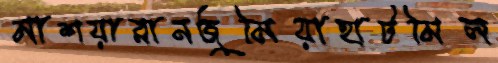
মাশয়ারানজুমিয়াহাটমিল